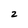
Character: 2